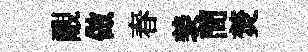
覼做春羡蕳焚